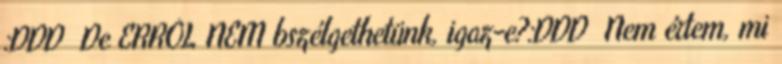
:DDD De ERRŐL NEM bszélgethetünk, igaz-e?:DDD Nem értem, mi